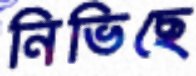
নিভিছে